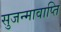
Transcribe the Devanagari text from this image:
सुजन्मावाप्ति